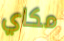
مكاي